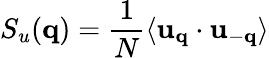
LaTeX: S_{u}({\mathbf q})=\frac{1}{N}\langle{\mathbf u}_{\mathbf q}\cdot{\mathbf u}_{-\mathbf q}\rangle